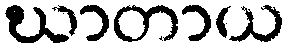
ဃာတာယ